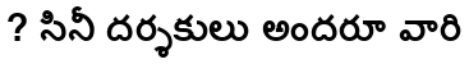
? సినీ దర్శకులు అందరూ వారి